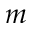
m